Lunatic asylums Punjab 1911-1921 - 1911-1921
Year: 1911
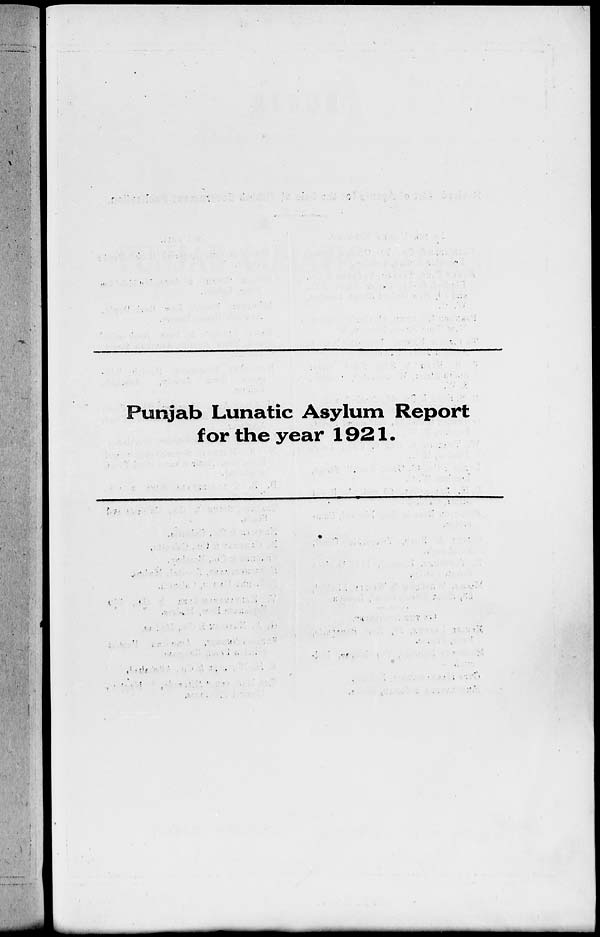
Punjab Lunatic Asylum Report
for the year 1921.